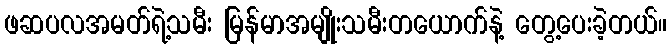
ဖဆပလအမတ်ရဲ့သမီး မြန်မာအမျိုးသမီးတယောက်နဲ့ တွေ့ပေးခဲ့တယ်။